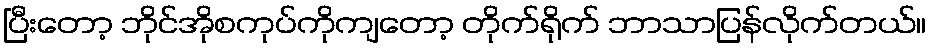
ပြီးတော့ ဘိုင်အိုစကုပ်ကိုကျတော့ တိုက်ရိုက် ဘာသာပြန်လိုက်တယ်။